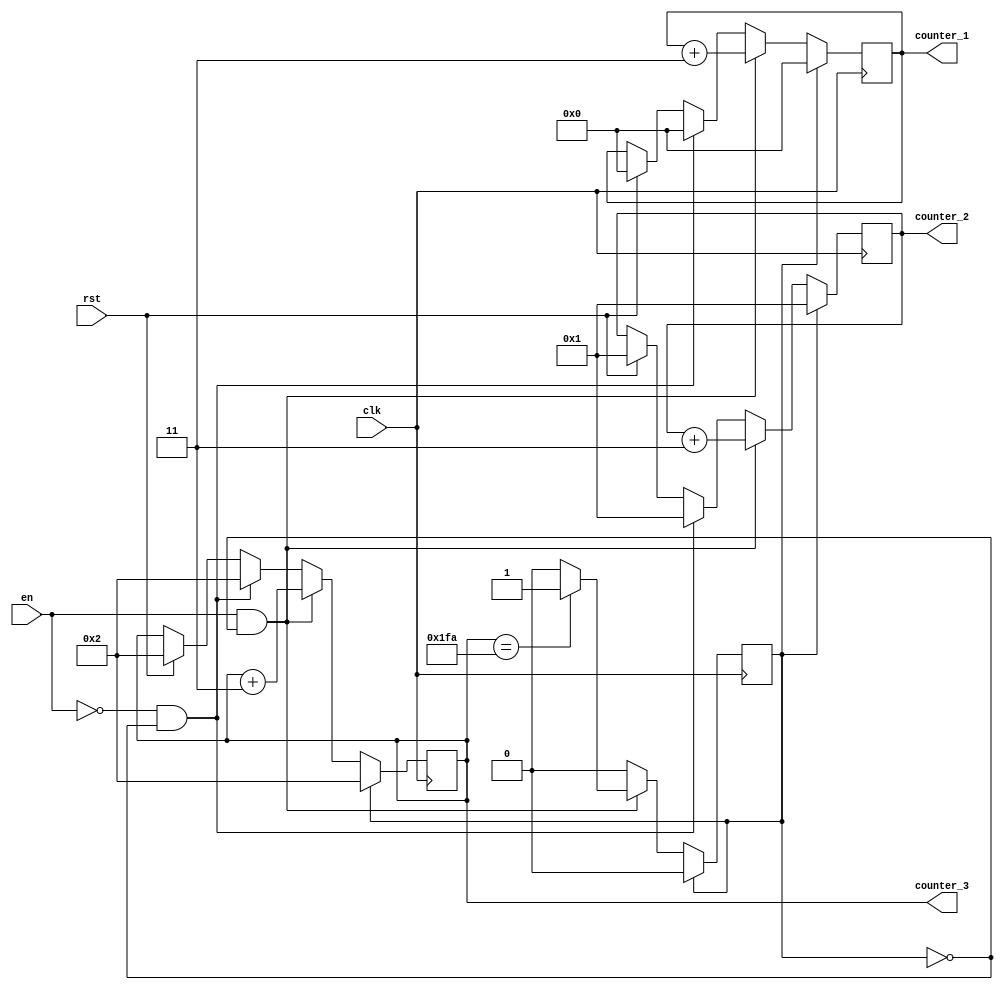
`timescale 1ns / 1ps
//////////////////////////////////////////////////////////////////////////////////
// Company: 
// Engineer: 
// 
// Design Name: 
// Module Name: counterPositionRstlMax
// Project Name: 
// Target Devices: 
// Tool Versions: 
// Description: 
// 
// Dependencies: 
// 
// Revision:
// Revision 0.01 - File Created
// Additional Comments:
// 
//////////////////////////////////////////////////////////////////////////////////


module counterPositionRstlMax
#(
    //counter for memory of result of convolution
    parameter counterWidth= 10,
    //memory_rstl_conv
    parameter numWeightRstlMax = 507
)
(
    input clk, rst, en, 
    output[counterWidth-1:0] counter_1,
    output[counterWidth-1:0] counter_2,
    output[counterWidth-1:0] counter_3
);

    reg [counterWidth-1:0] count_1;
    reg [counterWidth-1:0] count_2;
    reg [counterWidth-1:0] count_3;
    reg once;
    
    initial
    begin
        once <= 1;
        count_1 <= 4'd0;
        count_2 <= 4'd1;
        count_3 <= 4'd2;        
    end
    
    always @(posedge clk)
    begin
        if(rst)
        begin
            count_1 <= 4'd0;
            count_2 <= 4'd1;
            count_3 <= 4'd2;
        end
        if(once)
        begin
            count_1 <= 4'd0;
            count_2 <= 4'd1;
            count_3 <= 4'd2;
            once <= 0;
        end
        else if(en && !once)
        begin
            count_1 <= count_1 + 4'd3;
            count_2 <= count_2 + 4'd3;
            count_3 <= count_3 + 4'd3;
            if(count_3 == (numWeightRstlMax - 1))
            begin
                once <= 1;
            end
        end
        else if(!en && !once)
        begin
            count_1 <= 4'd0;
            count_2 <= 4'd1;
            count_3 <= 4'd2;
            once <= 0;        
        end
    end 
    assign counter_1 = count_1;
    assign counter_2 = count_2;
    assign counter_3 = count_3;
endmodule